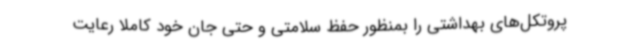
پروتکل‌های بهداشتی را بمنظور حفظ سلامتی و حتی جان خود کاملا رعایت